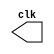
module clk(output clk);
  reg clk=0;
  always@(*)
    #1 clk <= ~clk;
endmodule